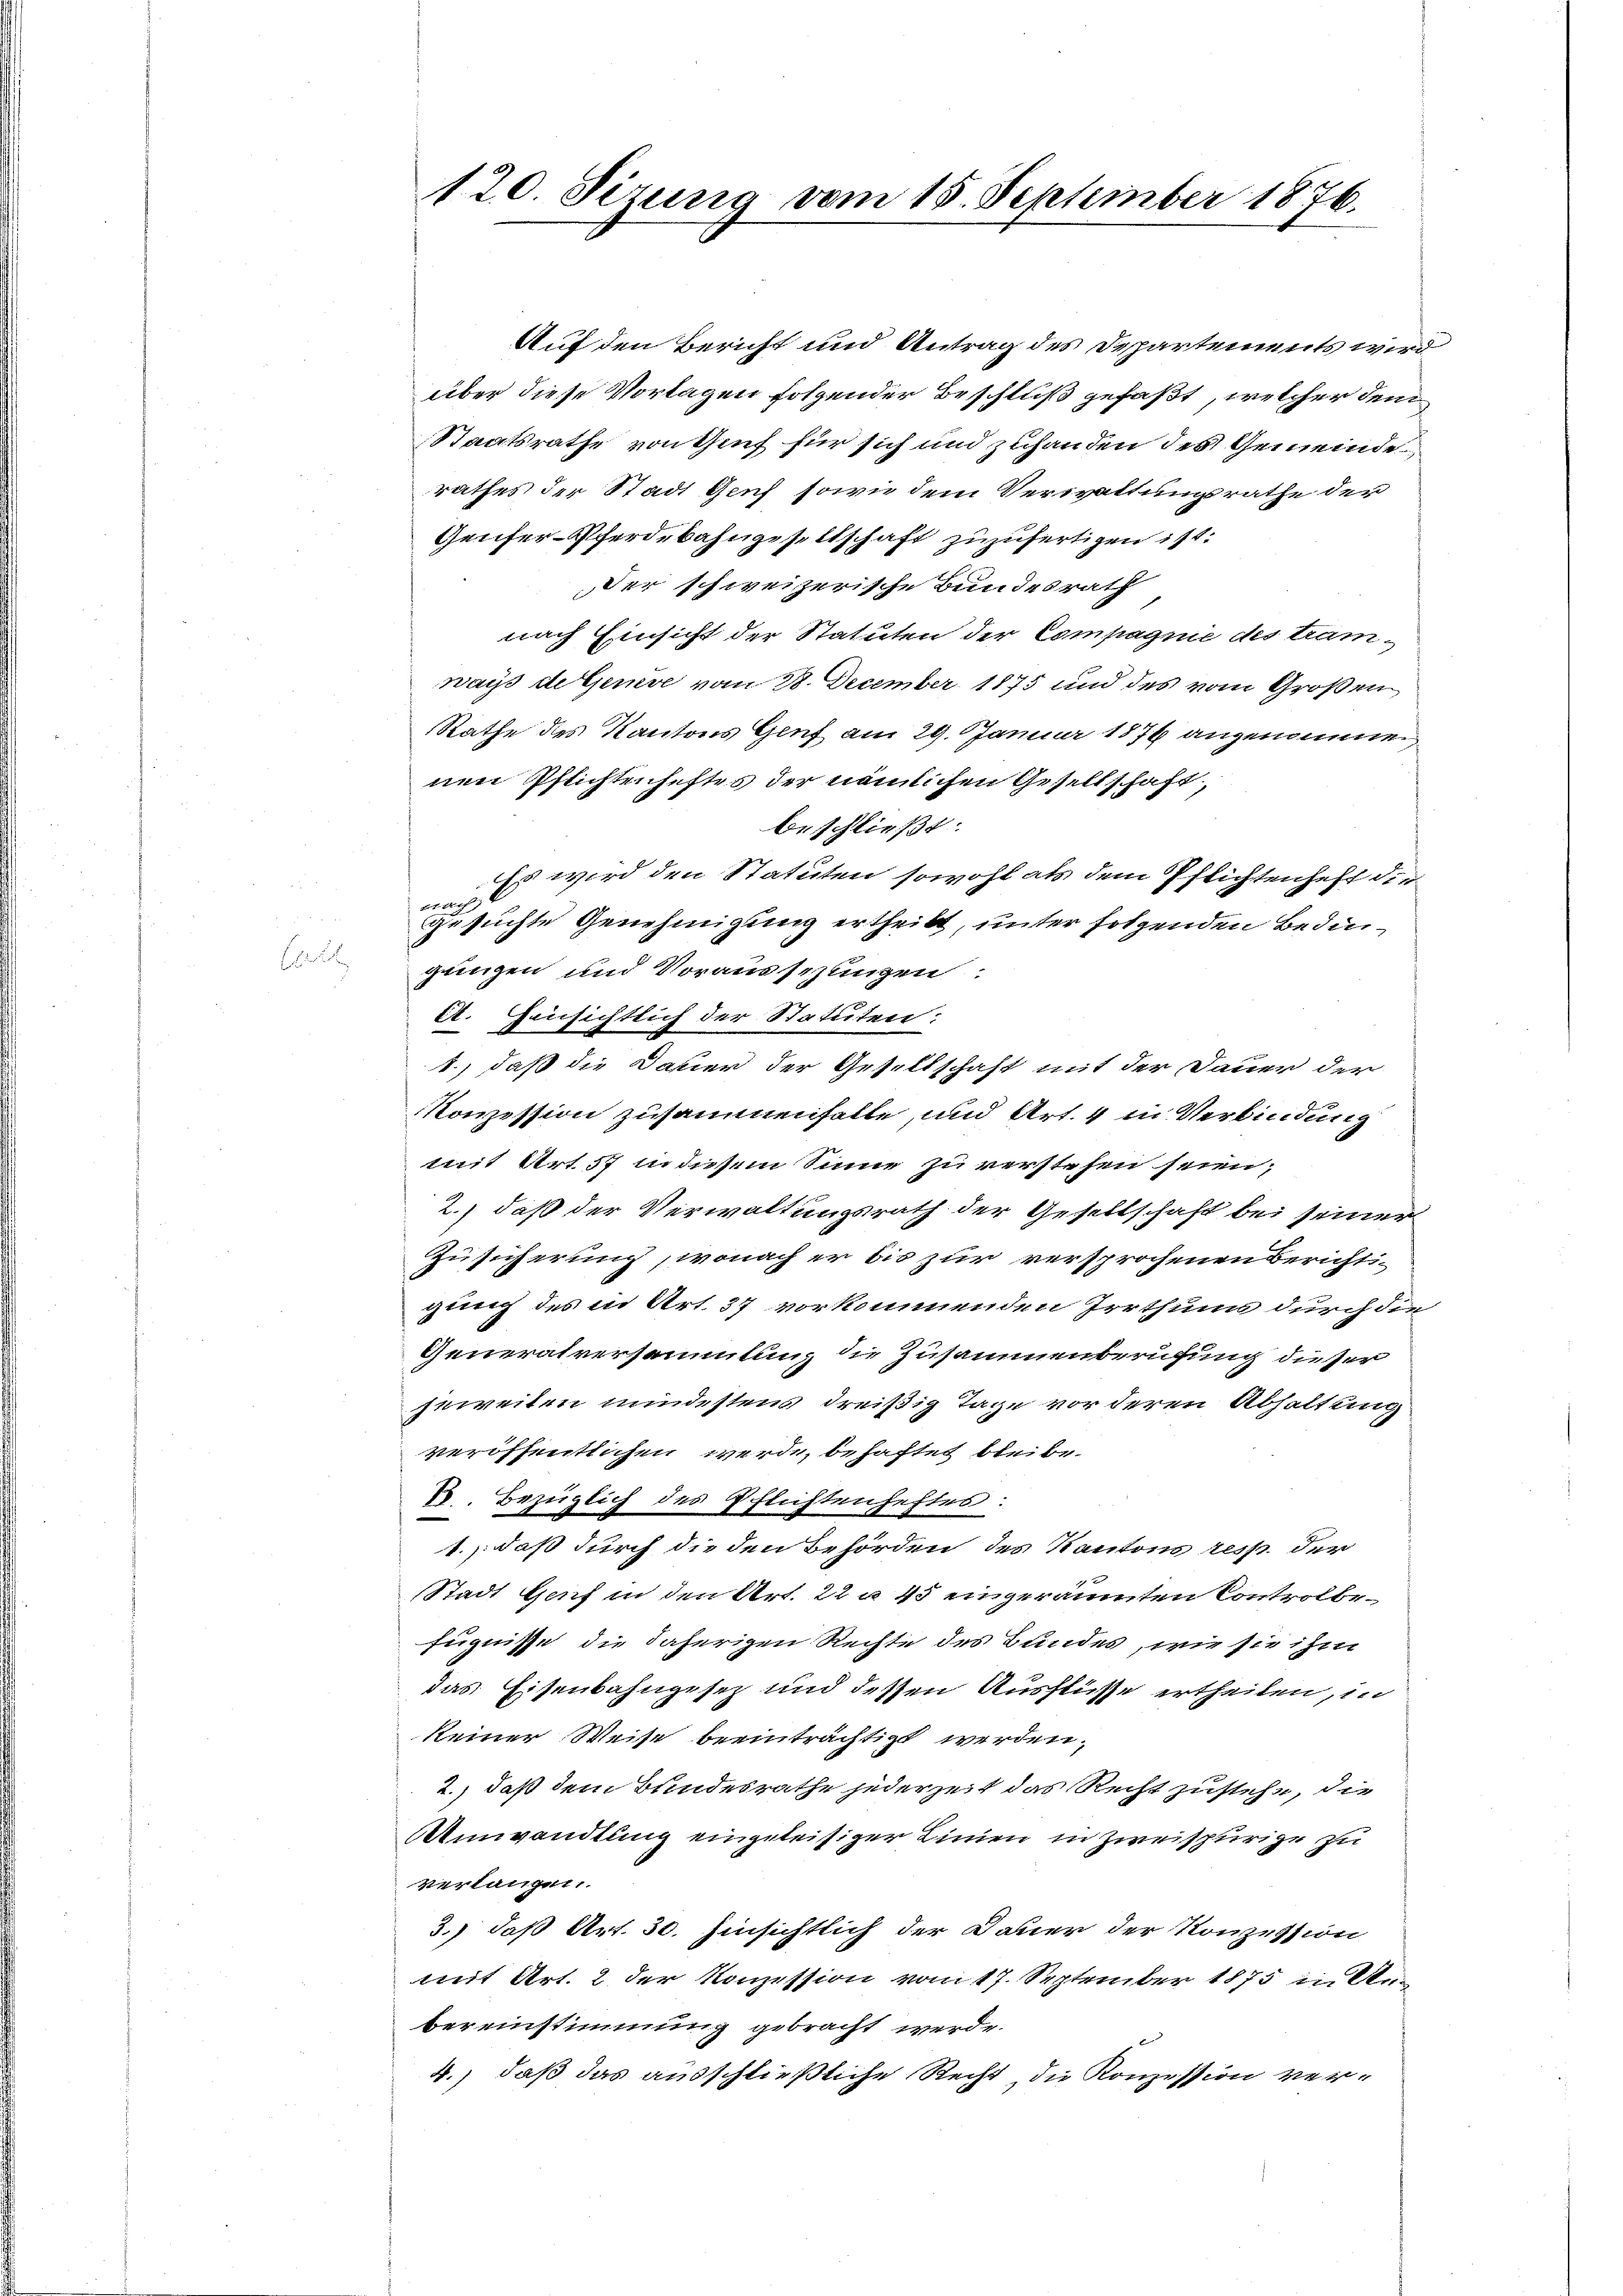
120. Sizung vom 15. September 1876.

Auf den Bericht und Antrag des Departements wird
über diese Vorlagen folgender Beschluß gefaßt, welcher dem
Staatsrathe von Genf für sich und zuhanden des Gemeinde
rathes der Stadt Genf sowie dem Verwaltungsrathe der
Geufer-Pferdebahngesellschaft zuzufertigen ist:
der schweizerische Bundesrath
nach Einsicht der Statuten der Compagnie des tramways de Genere vom 28. December 1875 und des vom Großen
Rathe des Kantons Genf am 29. Januar 1876 angenommen,
nen Pflichtenheftes der nämlichen Gesellschaft,
beschließt:
Es wird den Statuten sowohl als dem Pflichtenheff die
14 Ar
gesuchte Genehmigung ertheilt, unter folgenden Bedingungen und Vorausschungen:
A. Hinsichtlich der Statuten:
1., daß die Datier der Gesellschaft mit der Dauer der
Konzession zusammenhalte, und Art. 4 in Verbindung
mit Art. 57 in diesem Sinne zu verstehen seien,
2.) daß der Verwaltungsrath der Gesellschaft bei seiner
Zusicherung, wonach er bis zur versprochenen Berichtigung des in Art. 37 vorkommenden Irrthums durch die
Generalversammlung die Zusammenberufung dieser
zuweiten mindestens dreißig Tage vor deren Abhaltung
veröffentlichen werde, behaftet bleibe.
B. Bezüglich des Pflichtenheftes:
1., daß durch die den Behörden des Kantons resp. der
Stadt Genf in den Art. 22 u. 45 eingeräumten Controlbefugnisse die daherigen Rechte des Bundes, wie sie ihm
das Eisenbahngesez und dessen Ausflüsse ertheilen, in
keiner Weise beeinträchtigt werden.
2.) daß dem Bundesrathe jederzeit das Recht zustehe, die
Amwandlung eingeleisiger Linien in Zweispurige zu
verlangen.
3.) daß Art. 30. hinsichtlich der Dauer der Konzession
mit Art. 2 der Konzession vom 17. September 1875 in Anbereinstimmung gebracht werde.
4.) daß das ausschließliche Recht, die Konzession ver¬